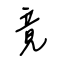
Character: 竟